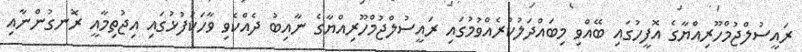
ރައީސުލްޖުމްހޫރިއްޔާގެ އޮފީހުގައި ބޭއްވި މިބައްދަލުކުރެއްވުމުގައި ރައީސުލްޖުމްހޫރިއްޔާގެ ނާއިބު ދެއްކެވި ވާހަކަފުޅުގައި އިޖުތިމާއީ ރޮނގުންނާއި